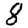
Digit: 8